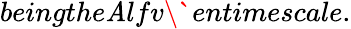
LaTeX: beingthe\mathit{A}lfv\`{e}ntimescale.